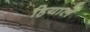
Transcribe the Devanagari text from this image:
हियार्ले